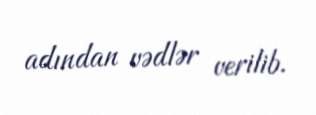
adından vədlər verilib.